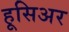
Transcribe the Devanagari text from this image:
हूसिअर